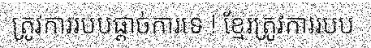
ត្រូវការរបបផ្តាច់ការទេ ! ខ្មែរត្រូវការរបប